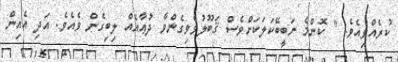
ކުރެއްވިއެވެ. " ކޮންމެ ނަބީބޭކަލަކަށްވެސް ޤަބޫލުވެވިގެންވާ ދުޢާއެއް ލިބިގެން ވެއެވެ. އަދި އެއިން